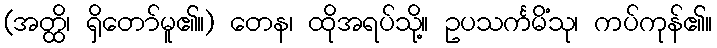
(အတ္ထိ၊ ရှိတော်မူ၏။) တေန၊ ထိုအရပ်သို့။ ဥပသင်္ကမိံသု၊ ကပ်ကုန်၏။